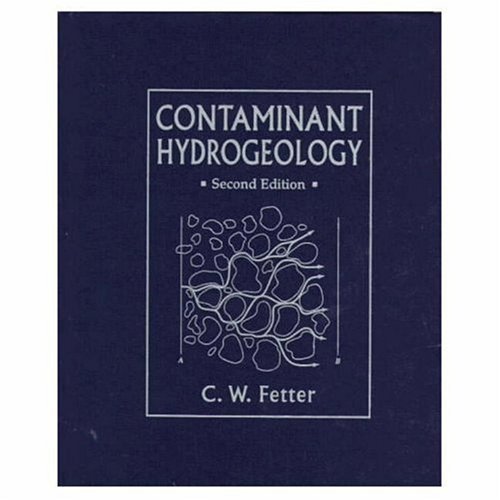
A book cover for Contaminant Hydrogeology (2nd Edition); C.W. Fetter; Science & Math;